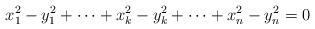
LaTeX: \begin{align*}x_1^2 - y_1^2 + \dotsb + x_k^2 - y_k^2 + \dotsb + x_n^2 - y_n^2 = 0 \\\end{align*}